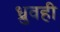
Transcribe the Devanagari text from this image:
ध्रुवही